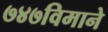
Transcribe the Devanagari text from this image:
७४७विमाने